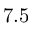
7 . 5